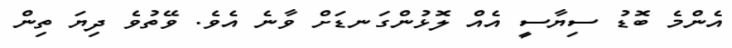
އެންމެ ބޮޑު ސިޔާސީ އެއް ލޮޅުންގަނޑަށް ވާނެ އެވެ. ވޭތުވެ ދިޔަ ތިން